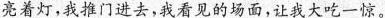
亮着灯，我推门进去，我看见的场面，让我大吃一惊。